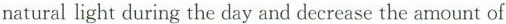
natural light during the day and decrease the amount of